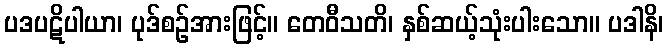
ပဒပဋိပါယာ၊ ပုဒ်စဉ်အားဖြင့်။ တေဝီသတိ၊ နှစ်ဆယ့်သုံးပါးသော။ ပဒါနိ၊